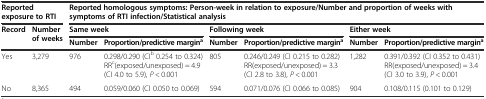
<table><thead><tr><td colspan="2"><b>Reported exposure to RTI</b></td><td colspan="6"><b>Reported homologous symptoms: Person-week in relation to exposure/Number and proportion of weeks with symptoms of RTI infection/Statistical analysis</b></td></tr><tr><td rowspan="2"><b>Record</b></td><td rowspan="2"><b>Number of weeks</b></td><td colspan="2"><b>Same week</b></td><td colspan="2"><b>Following week</b></td><td colspan="2"><b>Either week</b></td></tr><tr><td><b>Number</b></td><td><b>Proportion/predictive margin<sup>a</sup></b></td><td><b>Number</b></td><td><b>Proportion/predictive margin<sup>a</sup></b></td><td><b>Number</b></td><td><b>Proportion/predictive margin<sup>a</sup></b></td></tr></thead><tbody><tr><td>Yes</td><td>3,279</td><td>976</td><td>0.298/0.290 (CI<sup>b</sup> 0.254 to 0.324) RR<sup>c</sup>(exposed/unexposed) = 4.9 (CI 4.0 to 5.9), <i>P</i> &lt; 0.001</td><td>805</td><td>0.246/0.249 (CI 0.215 to 0.282) RR(exposed/unexposed) = 3.3 (CI 2.8 to 3.8), <i>P</i> &lt; 0.001</td><td>1,282</td><td>0.391/0.392 (CI 0.352 to 0.431) RR(exposed/unexposed) = 3.4 (CI 3.0 to 3.9), <i>P</i> &lt; 0.001</td></tr><tr><td>No</td><td>8,365</td><td>494</td><td>0.059/0.060 (CI 0.050 to 0.069)</td><td>594</td><td>0.071/0.076 (CI 0.066 to 0.085)</td><td>904</td><td>0.108/0.115 (0.101 to 0.129)</td></tr></tbody></table>